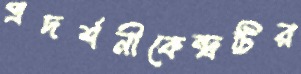
প্রদর্শনীকেন্দ্রটির